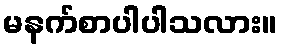
မနက်စာပါပါသလား။